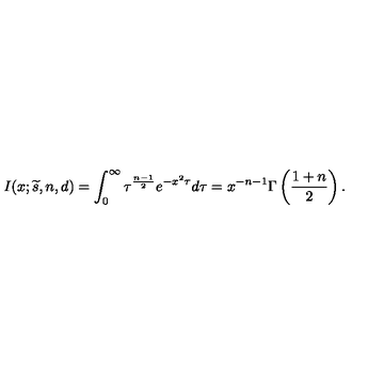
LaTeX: I ( x ; { \widetilde s } , n , d ) = \int _ { 0 } ^ { \infty } \tau ^ { { \frac { n - 1 } { 2 } } } e ^ { - x ^ { 2 } \tau } d \tau = x ^ { - n - 1 } \Gamma \left( { \frac { 1 + n } { 2 } } \right) .